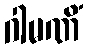
ဂါမဏိံ